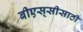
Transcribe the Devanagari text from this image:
बीएस्‌सीसाठी